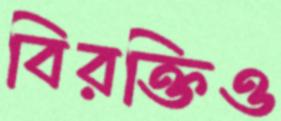
বিরক্তিও